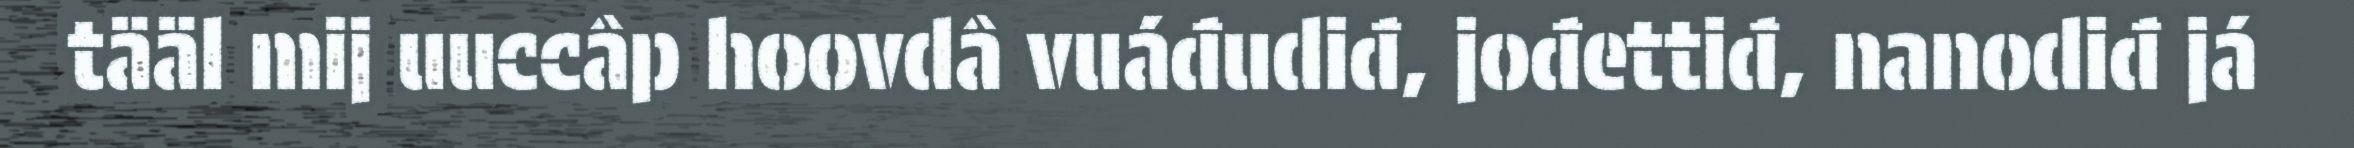
tääl mij uuccâp hoovdâ vuáđudiđ, jođettiđ, nanodiđ já